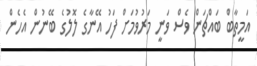
އަމީތާބް ބައްޗަން ވެސް ވަނީ މަރުވުމަށް ފަހު އޭނާގެ ލޮލުގެ ބޭނުން އެހެން